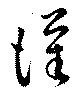
謹